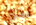
لدي